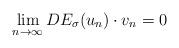
LaTeX: \begin{align*}\lim_{n\rightarrow\infty}DE_\sigma(u_n)\cdot v_n =0\end{align*}